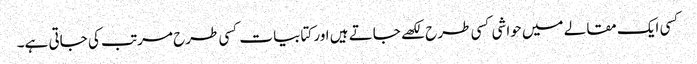
کسی ایک مقالے میں حواشی کسی طرح لکھے جاتے ہیں اور کتابیات کسی طرح مرتب کی جاتی ہے۔